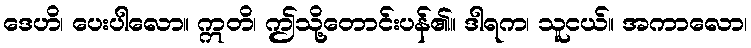
ဒေဟိ၊ ပေးပါလော။ ဣတိ၊ ဤသို့တောင်းပန်၏။ ဒါရက၊ သူငယ်။ အကာလော၊